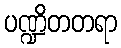
ပဏ္ဍိတတရာ